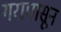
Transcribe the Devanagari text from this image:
गरापासून